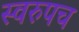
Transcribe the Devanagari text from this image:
स्वरुपच